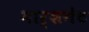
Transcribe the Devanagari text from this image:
मार्शगेट